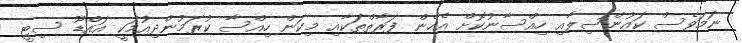
ނަމަވެސް ކައުންސިލާއި ހިއްސާނުކޮށް އެހެެން ފަރާތްތަކާއި މިކަން ހިއްސާ ކުރަމުންދިއުމަކީ އައްޑޫ ސިޓީ